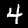
Digit: 4